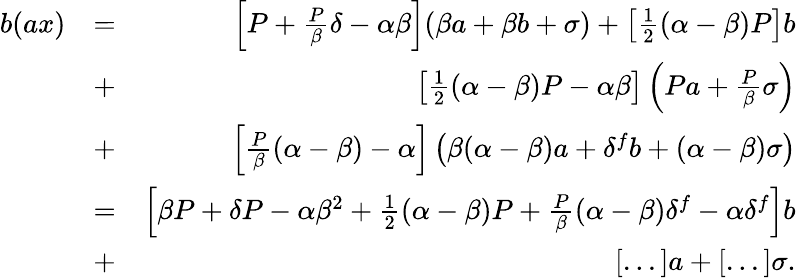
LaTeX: \begin{array}{rlr}{b(ax)}&{=}&{\left[P+\frac{P}{\beta}\delta-\alpha\beta\right](\beta a+\beta b+\sigma)+\left[\frac{1}{2}(\alpha-\beta)P\right]b}\\ &{+}&{\left[\frac{1}{2}(\alpha-\beta)P-\alpha\beta\right]\left(Pa+\frac{P}{\beta}\sigma\right)}\\ &{+}&{\left[\frac{P}{\beta}(\alpha-\beta)-\alpha\right]\left(\beta(\alpha-\beta)a+\delta^{f}b+(\alpha-\beta)\sigma\right)}\\ &{=}&{\left[\beta P+\delta P-\alpha\beta^{2}+\frac{1}{2}(\alpha-\beta)P+\frac{P}{\beta}(\alpha-\beta)\delta^{f}-\alpha\delta^{f}\right]b}\\ &{+}&{[...]a+[...]\sigma.}\end{array}